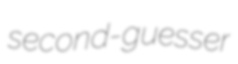
second-guesser